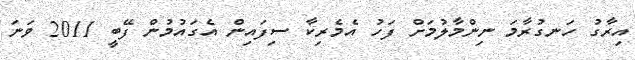
އިރާގު ހަނގުރާމަ ނިންމާލުމަށް ފަހު އެމެރިކާ ސިފައިން އެގައުމުން ފޭބީ 2011 ވަނަ